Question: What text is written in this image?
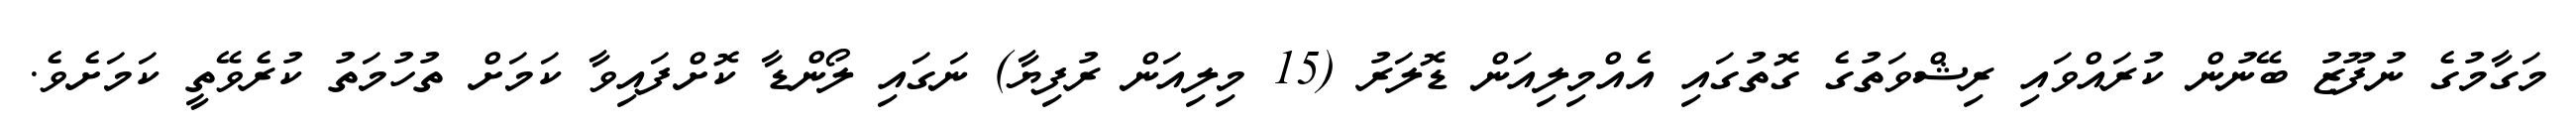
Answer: މަގާމުގެ ނުފޫޒު ބޭނުން ކުރައްވައި ރިޝްވަތުގެ ގޮތުގައި އެއްމިލިއަން ޑޮލަރު (15 މިލިއަން ރުފިޔާ) ނަގައި ލޯންޑާ ކޮށްފައިވާ ކަމަށް ތުހުމަތު ކުރެވޭތީ ކަމަށެވެ.